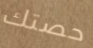
حصتك